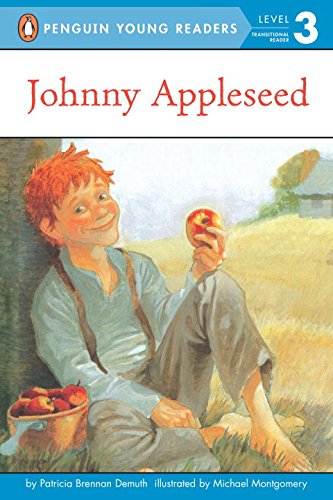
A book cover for JOHNNY APPLESEED (PAPERBACK) 1996C GROSSRT & DUNLAP (Penguin Young Readers, Level 3); Patricia Brennan Demuth; Children's Books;